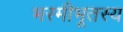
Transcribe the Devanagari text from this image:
भस्मीभूतस्य